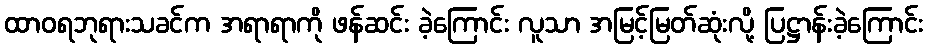
ထာဝရဘုရားသခင်က အရာရာကို ဖန်ဆင်း ခဲ့ကြောင်း လူသာ အမြင့်မြတ်ဆုံးလို့ ပြဋ္ဌာန်းခဲ့ကြောင်း